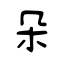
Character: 朵